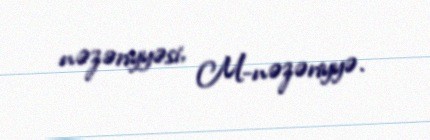
nəzəriyyəsi, M-nəzəriyyə.